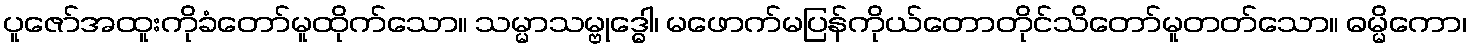
ပူဇော်အထူးကိုခံတော်မူထိုက်သော။ သမ္မာသမ္ဗုဒ္ဓေါ၊ မဖောက်မပြန်ကိုယ်တောတိုင်သိတော်မူတတ်သော။ ဓမ္မိကော၊